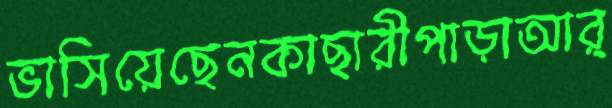
ভাসিয়েছেনকাছারীপাড়াআর্